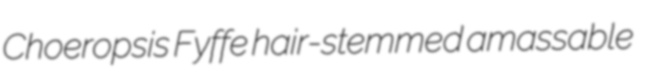
Choeropsis Fyffe hair-stemmed amassable